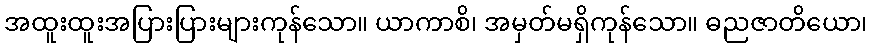
အထူးထူးအပြားပြားများကုန်သော။ ယာကာစိ၊ အမှတ်မရှိကုန်သော။ ဓညဇာတိယော၊